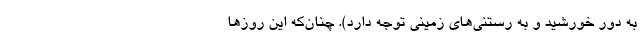
به دور خورشید و به رُستنی‌های زمینی توجه دارد). چنان‌که این روزها